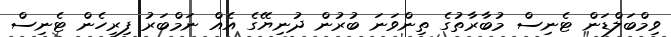
ވިމްބަލްޑަން ޓެނިސް މުބާރާތުގެ ތިންވަނަ ބުރުން ދުނިޔޭގެ އެއް ނަމްބަރު ފިރިހެން ޓެނިސް